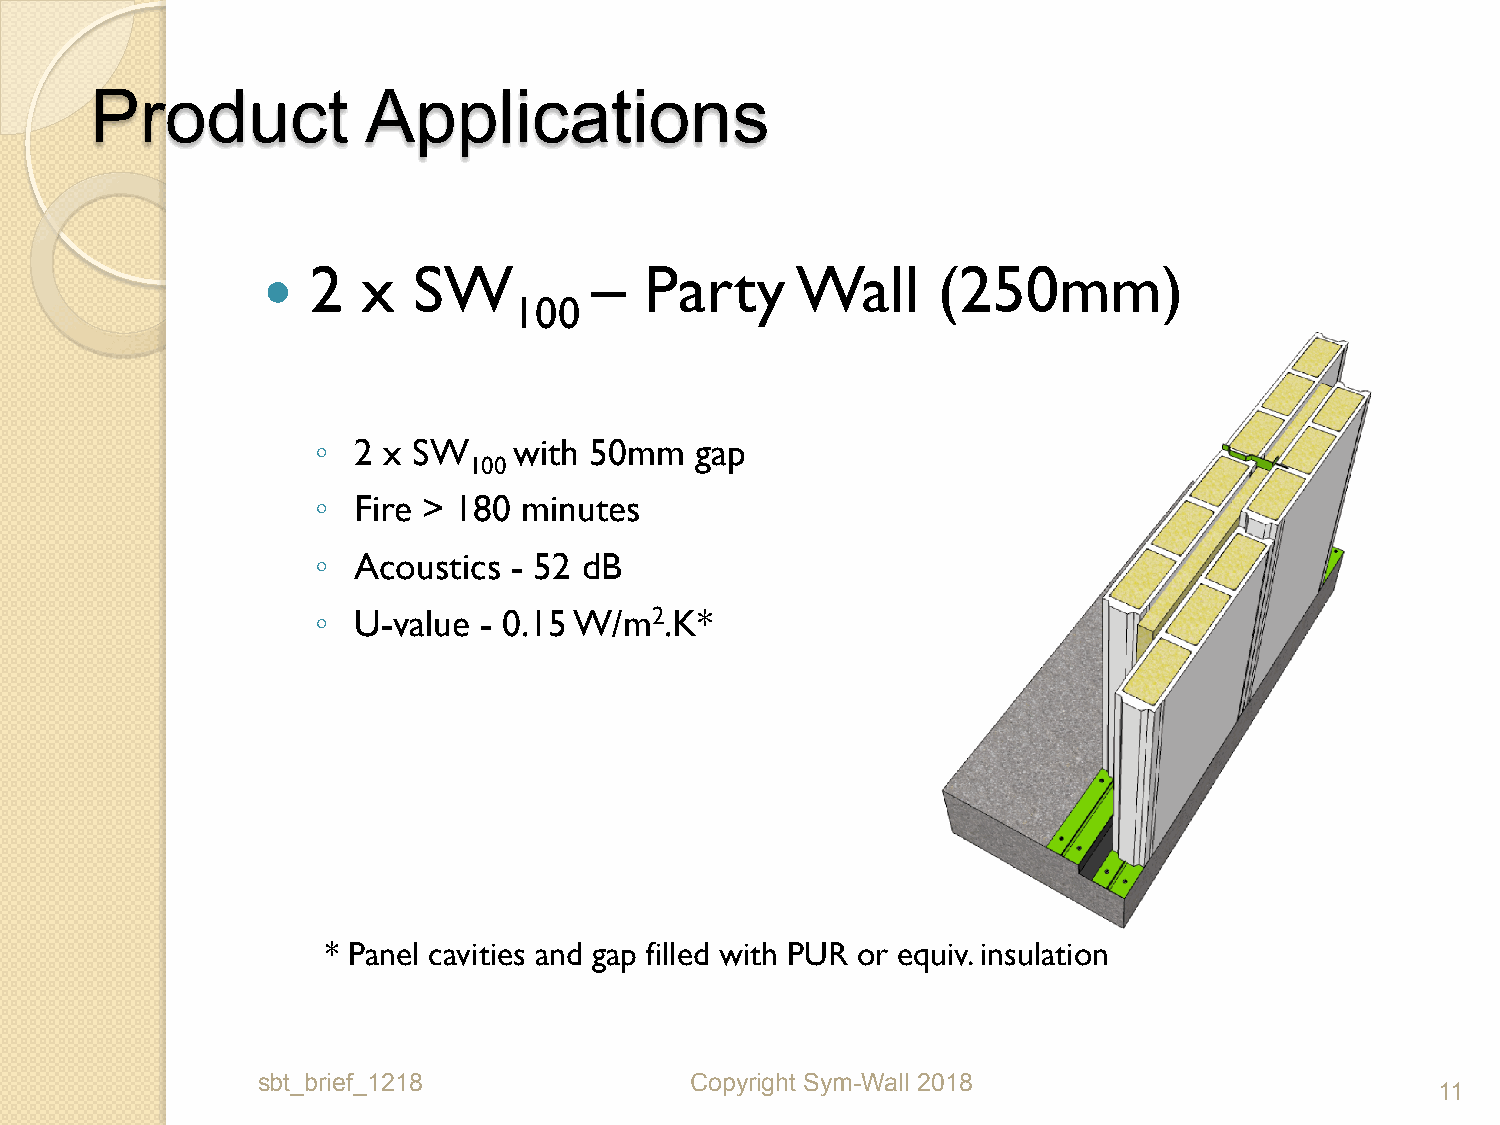
Product           Applications
 2   x  SW          –   Party     Wall     (250mm)
 
 100
 ◦ 2 x SW     with 50mm   gap
 100
 ◦ Fire > 180  minutes
 ◦ Acoustics  - 52 dB
 ◦ U-value  - 0.15 W/m2.K*
 * Panel cavities and gap filled with PUR or equiv. insulation
 sbt_brief_1218               Copyright Sym-Wall 2018
 11